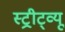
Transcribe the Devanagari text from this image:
स्ट्रीट्व्यू